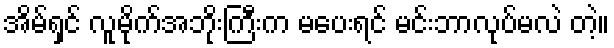
အိမ်ရှင် လူမိုက်အဘိုးကြီးက မပေးရင် မင်းဘာလုပ်မလဲ တဲ့။